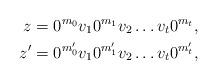
LaTeX: \begin{align*} z &= 0^{m_0}v_1 0^{m_1} v_2 \dots v_t 0^{m_t}, \\ z' &= 0^{m'_0}v_1 0^{m'_1} v_2 \dots v_t 0^{m'_t}, \end{align*}